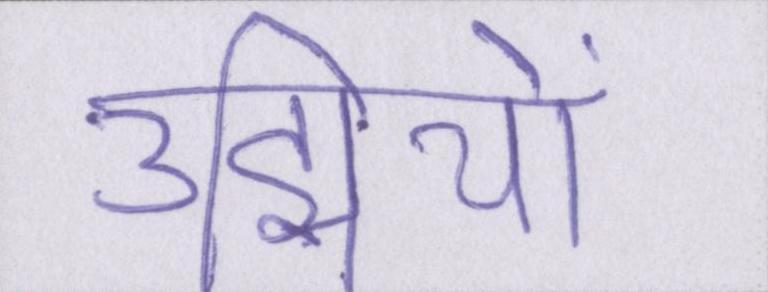
उद्मियों